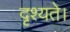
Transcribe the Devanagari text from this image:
दृश्यते।